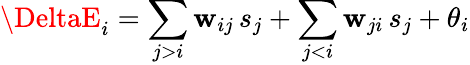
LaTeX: \DeltaE_{i}=\sum_{j>i}\mathbf{w}_{ij}\, s_{j}+\sum_{j<i}\mathbf{w}_{ji}\, s_{j}+\theta_{i}